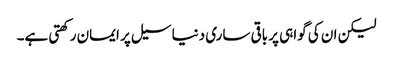
لیکن ان کی گواہی پر باقی ساری دنیا سیل پر ایمان رکھتی ہے۔